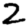
Digit: 2